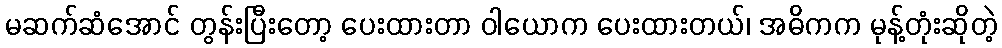
မဆက်ဆံအောင် တွန်းပြီးတော့ ပေးထားတာ ဝါယောက ပေးထားတယ်၊ အဓိကက မုန့်တုံးဆိုတဲ့